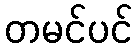
တမင်ပင်